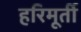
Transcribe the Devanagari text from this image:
हरिमूर्ती